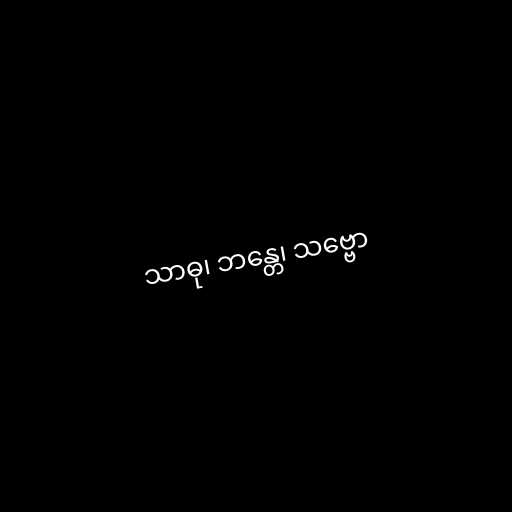
သာဓု၊ ဘန္တေ၊ သဗ္ဗော